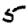
Digit: 5